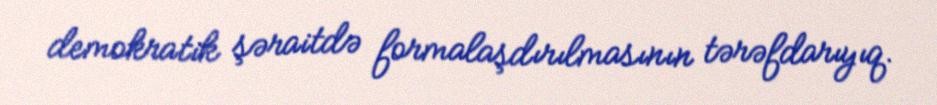
demokratik şəraitdə formalaşdırılmasının tərəfdarıyıq.